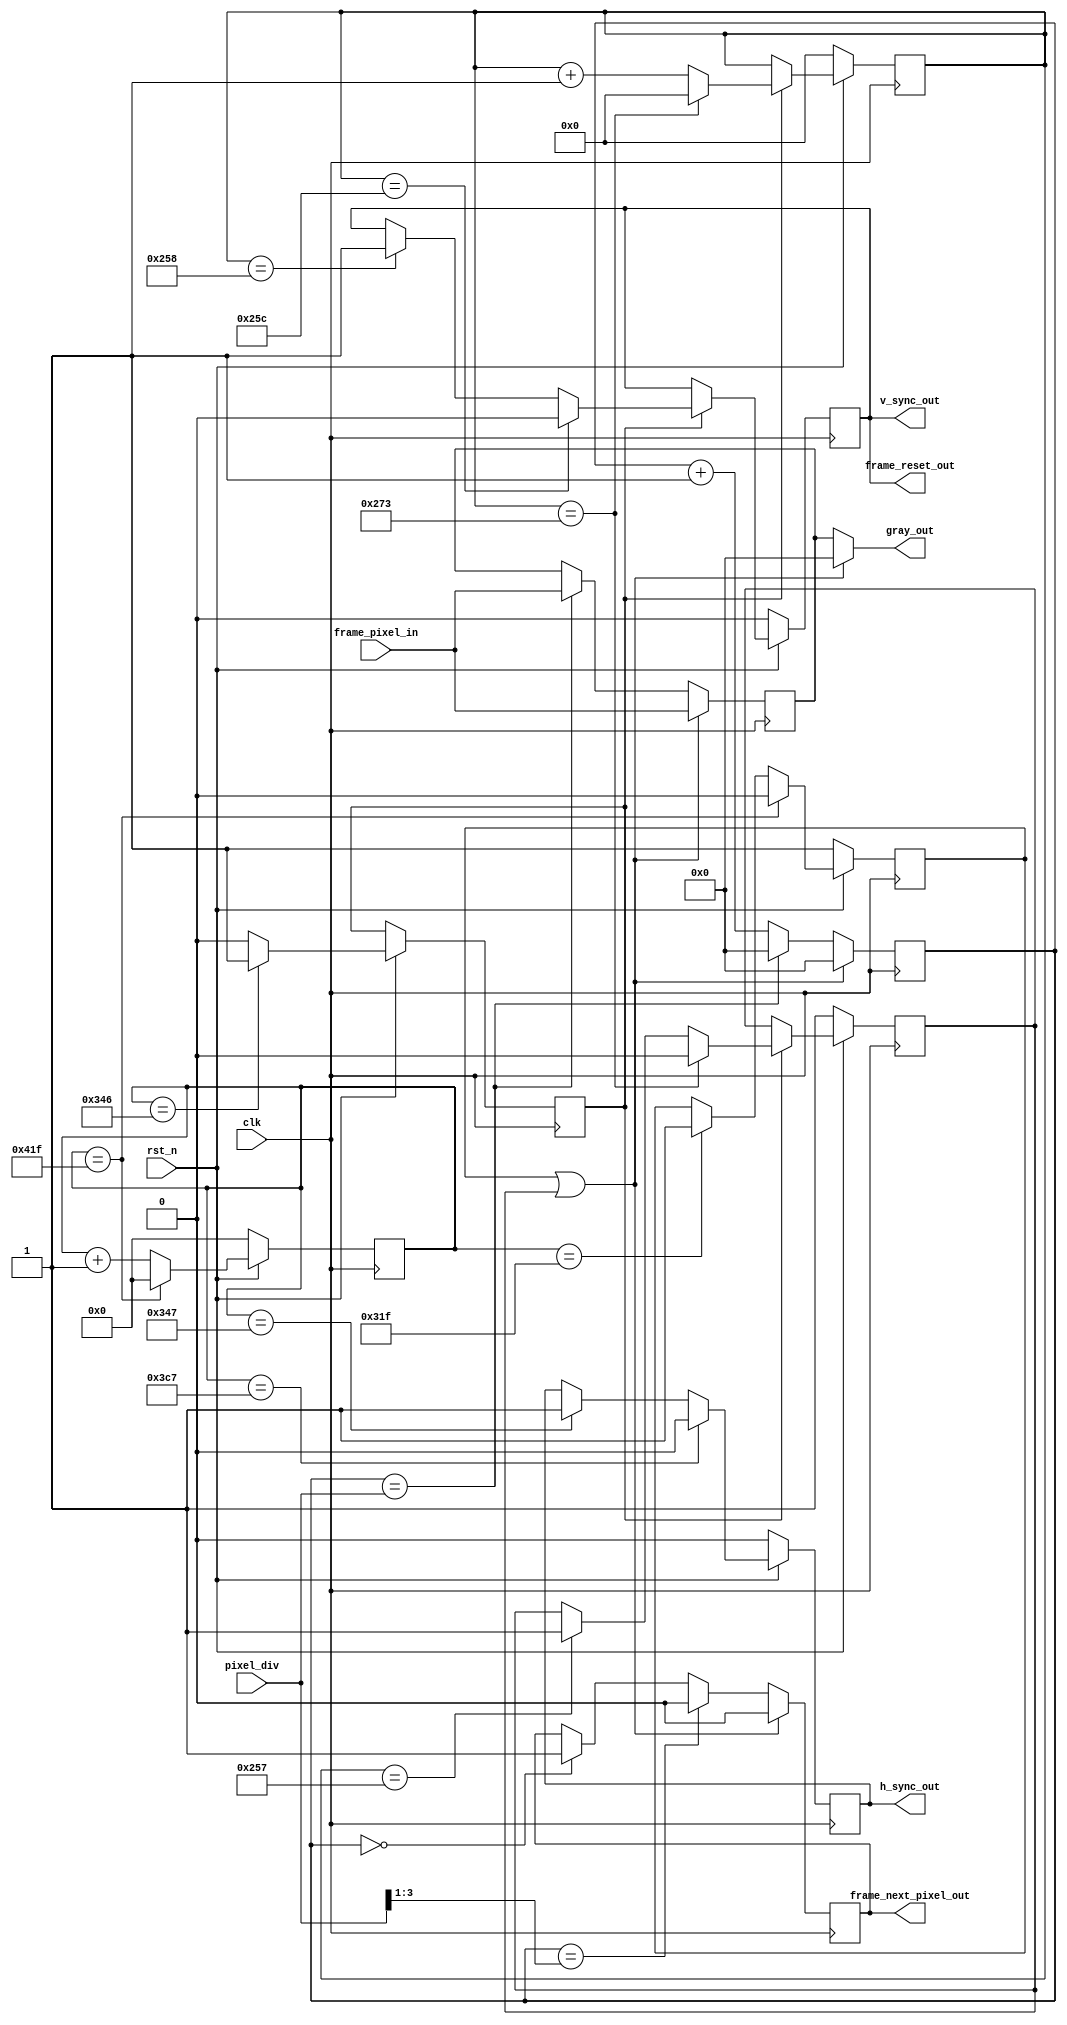
module vga #(
    parameter LINE_VISIBLE      = 800,
    parameter LINE_FRONT_PORCH  = 40,
    parameter LINE_SYNC_PULSE   = 128,
    parameter LINE_BACK_PORCH   = 88,

    parameter ROW_VISIBLE       = 600,
    parameter ROW_FRONT_PORCH   = 1,
    parameter ROW_SYNC_PULSE    = 4,
    parameter ROW_BACK_PORCH    = 23,

    parameter WIDTH_PIXEL_DIV   = 4
) (
    /* General signals */
    input  wire                             clk,                    // clock
    input  wire                             rst_n,                  // low active reset, already synchronized to the clock

    /* configuration signals */
    input  wire [WIDTH_PIXEL_DIV - 1 : 0]   pixel_div,              // divider minus 1 for the pixel shifting, minimal value for it is 3

    /* VGA signals */
    output wire                             v_sync_out,             // vertical sync pulse
    output wire                             h_sync_out,             // horizontal sync pulse
    output wire [3:0]                       gray_out,               // the gray scale pixel value

    /* Framebuffer signals */
    output wire                             frame_next_pixel_out,   // request the next pixel with a rising edge
    output wire                             frame_reset_out,        // request a reset of the frame buffer pointer
    input  wire [3:0]                       frame_pixel_in          // the pixel data from the frame buffer
);
    /* Calculate some helpfull constants */
    parameter WIDTH_PIXEL_CTR   = $clog2(LINE_VISIBLE + LINE_FRONT_PORCH + LINE_SYNC_PULSE + LINE_BACK_PORCH);
    parameter WIDTH_LINE_CTR    = $clog2(ROW_VISIBLE + ROW_FRONT_PORCH + ROW_SYNC_PULSE + ROW_BACK_PORCH);

    assign v_sync_out           = v_sync;
    assign h_sync_out           = h_sync;

    assign frame_reset_out      = v_sync;
    assign frame_next_pixel_out = shift_pixel_out;

    /* Counter and state machine for pixels in a line */
    reg  [WIDTH_PIXEL_CTR - 1 : 0]  pixel_ctr;
    reg                             h_sync;
    reg                             new_line;
    reg                             row_reset;
    always @(posedge clk) begin
        if (rst_n == 0) begin
            pixel_ctr                       <= 0;
            row_reset                       <= 1;
            h_sync                          <= 0;
        end else begin
            new_line                        <= 0;
            pixel_ctr                       <= pixel_ctr + 1;

            if (pixel_ctr == LINE_VISIBLE - 1) begin
                row_reset                   <= 1;
            end

            if (pixel_ctr == LINE_VISIBLE + LINE_FRONT_PORCH - 2) begin
                new_line                    <= 1;
            end

            if (pixel_ctr == LINE_VISIBLE + LINE_FRONT_PORCH - 1) begin
                h_sync                      <= 1;
            end

            if (pixel_ctr == LINE_VISIBLE + LINE_FRONT_PORCH + LINE_SYNC_PULSE - 1) begin
                h_sync                      <= 0;
            end

            if (pixel_ctr == LINE_VISIBLE + LINE_FRONT_PORCH + LINE_SYNC_PULSE + LINE_BACK_PORCH - 1) begin
                row_reset                   <= 0;
                pixel_ctr                   <= 0;
            end
        end
    end

    /* Counter and state machine for lines in a frame */
    reg  [WIDTH_LINE_CTR - 1 : 0]   line_ctr;
    reg                             v_sync;
    reg                             line_reset;
    always @(posedge clk) begin
        if (rst_n == 0) begin
            line_ctr                        <= 0;
            line_reset                      <= 1;
            v_sync                          <= 0;
        end else begin
            if (new_line == 1) begin
                line_ctr                        <= line_ctr + 1;

                if (line_ctr == ROW_VISIBLE - 1) begin
                    line_reset                  <= 1;
                end

                if (line_ctr == ROW_VISIBLE + ROW_FRONT_PORCH - 1) begin
                    v_sync                      <= 1;
                end

                if (line_ctr == ROW_VISIBLE + ROW_FRONT_PORCH + ROW_SYNC_PULSE - 1) begin
                    v_sync                      <= 0;
                end

                if (line_ctr == ROW_VISIBLE + ROW_FRONT_PORCH + ROW_SYNC_PULSE + ROW_BACK_PORCH - 1) begin
                    line_reset                  <= 0;
                    line_ctr                    <= 0;
                end
            end
        end
    end

    /* Black out the pixels while not in the visible area */
    assign  gray_out = (row_reset == 1 || line_reset == 1) ? 0 : pixel_buffer;

    /* Handle the buffering and reading of pixels from the frame buffer */
    reg  [WIDTH_PIXEL_DIV - 1 : 0]  clk_ctr;
    reg                             shift_pixel_out;
    reg  [3 : 0]                    pixel_buffer;
    always @(posedge clk) begin
        if (row_reset == 1 || line_reset == 1) begin
            clk_ctr                         <= 0;
            shift_pixel_out                 <= 0;
            pixel_buffer                    <= frame_pixel_in;
        end else begin
            if (clk_ctr == pixel_div) begin
                clk_ctr                     <= 0;
                pixel_buffer                <= frame_pixel_in;
            end else begin
                clk_ctr                     <= clk_ctr + 1;
            end

            if (clk_ctr == 0) begin
                shift_pixel_out             <= 1;
            end

            if (clk_ctr == (pixel_div >> 1)) begin
                shift_pixel_out             <= 0;
            end
        end
    end
endmodule